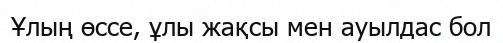
Ұлың өссе, ұлы жақсы мен ауылдас бол